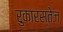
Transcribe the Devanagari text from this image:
रुकारस्तेज